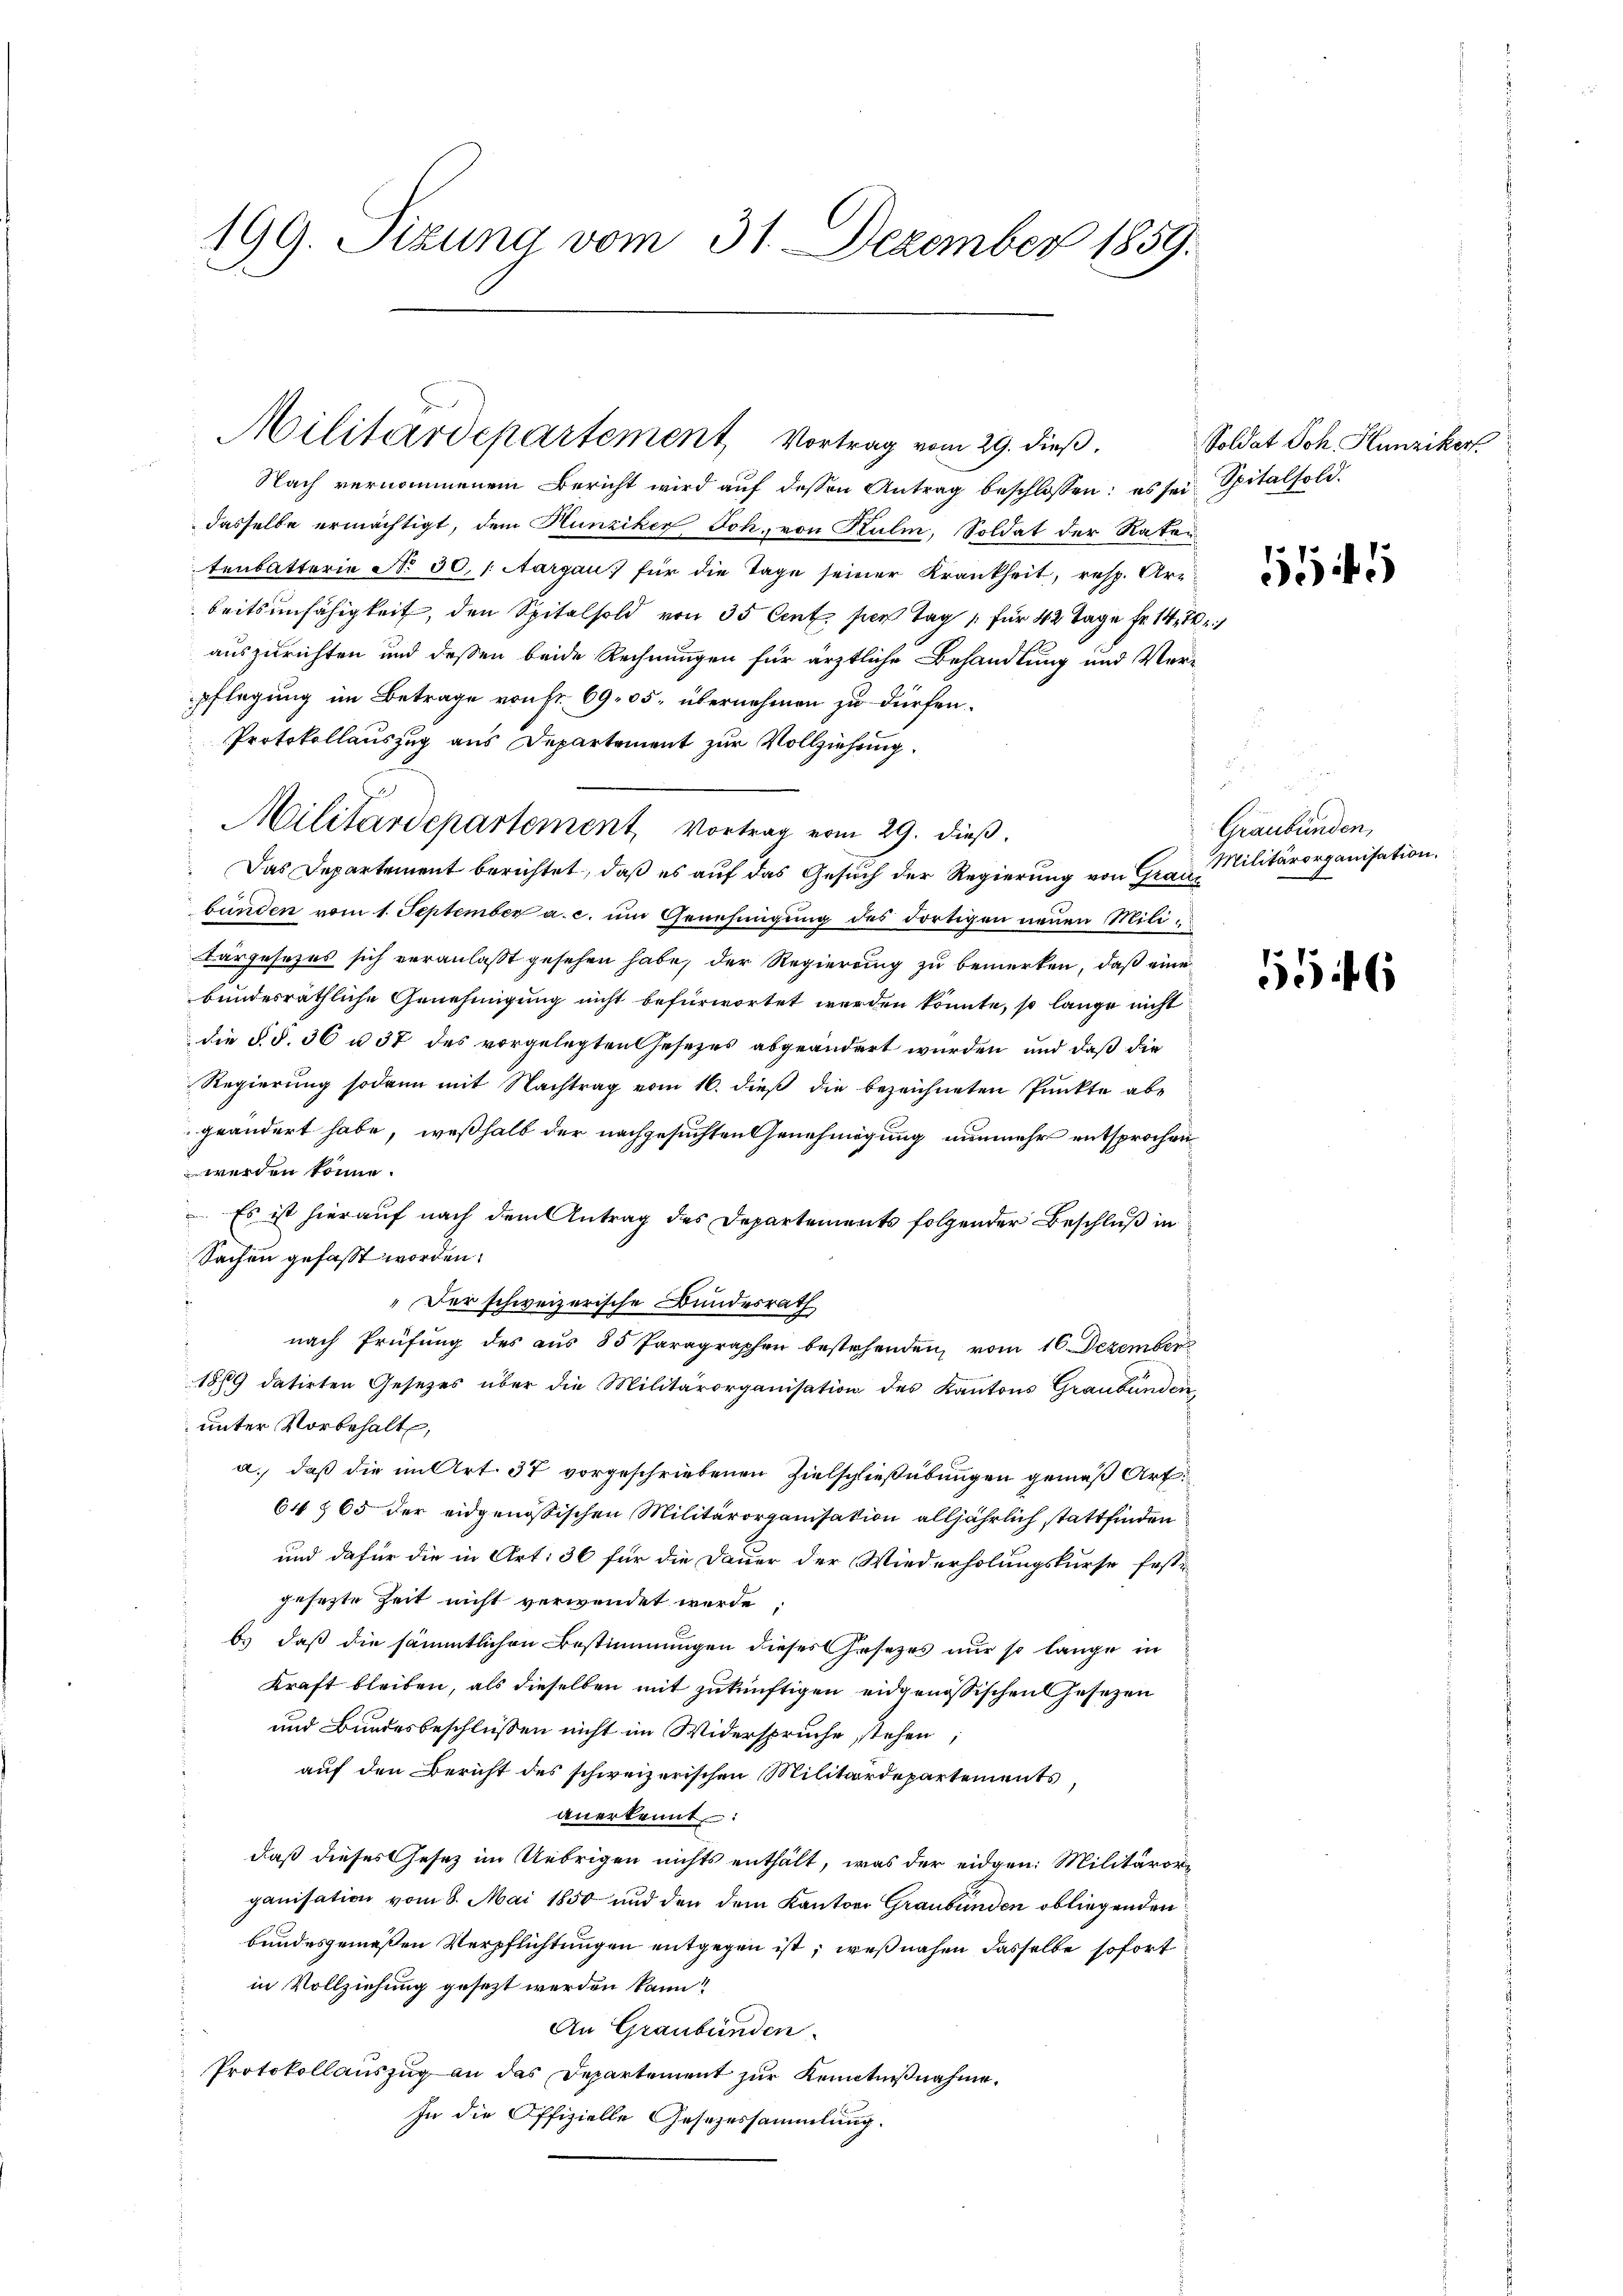
199. Sizung vom 31. Dezember 1859.

Militärdepartement, Vortrag vom 29. dieß.

Nach vernommenem Bericht wird aŭf dessen Antrag beschlossen: es sei Spitalfold.
dasselbe ermächtigt, dem Hunziker Joh. von Kulm, Soldat der Raten
tenbatterie No. 30, Aargau für die Tage seiner Krankheit, resp. Ur-
beitsunfähigkeit, den Spitalsold von 35 Cent sie tag für 42 Tage fr. 144, 21
auszurichten und dessen beide Rechnungen für ärztliche Behandlung und Verpflegung im Betrage von Fr. 69. 35, übernehmen zu dürfen.
Protokollauszug aus Departement zur Vollziehung,
Das Departement berichtet, daß es auf das Gesuch der Regierung von Grau Militärorganisation,
bünden vom 1. September a. c. um Genehmigung des dortigen neuen Militargesezes sich veranlaßt gesehen habe, der Regierung zu bemerken, daß eine
bundesräthliche Genehmigung nicht befürwortet werden könnte, so lange nicht
die §. §. 36 u. 37 des vorgelegten Gesezes abgeändert wurden und daß die
Regierung sodann mit Nachtrag vom 16. dieß die bezeichneten Punkte abe
geändert habe, weßhalb der nachgesuchten Genehmigung nunmehr entsprochen
werden könne.
 Es ist hierauf nach dem Antrag des Departements folgender Beschluß in
Sachen gefasst worden.
"Der schweizerische Bundesrath
nach Prüfung des aus 85 Paragraphen bestehenden vom 16. Dezember
18/9 datirten Gesetzes über die Militärorganisation des Kantons Graubünden,
unter Vorbehalt,
a.) daß die im Art. 37 vorgeschriebenen Zielschließübungen gemäß Art.
64 § 65 der eidgenössischen Militärorganisation alljährlich stattfinden
und dafür die in Art: 36 für die Dauer der Wiederholungskurse fest-
gesezte Zeit nicht verwendet werde;
b. daß die sämmtlichen Bestimmungen dieses Gesetzes nur so lange in
Kraft bleiben, als dieselben mit zukünftigen eidgenössischen Gesetzen
und Bundesbeschlüßen nicht im Widerspruche stehen
auf den Bericht des schweizerischen Militärdepartements,
anerkennt:
daß dieses Gesetz im Uebrigen nichts enthält, was der eidgen: Militärorganisation vom 8. Mai 1850 und den dem Kantons Graubünden obliegenden
bundesgemeßen Verpflichtungen entgegen ist; weßnahen dasselbe sofort
in Vollziehung gesezt werden kann?
An Graubünden.
Protokollauszug an das Departement zur Kenntnißnahme.
In die Offizielle Gesezessammlung.

Militärdepartement Vortrag vom 29. dieβ.

Soldat Joh. Hunziker

1

Graubünden,

556